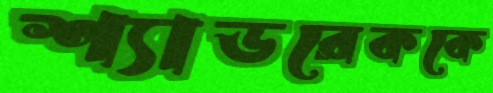
শ্যাডরেককে